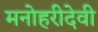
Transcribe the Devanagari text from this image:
मनोहरीदेवी